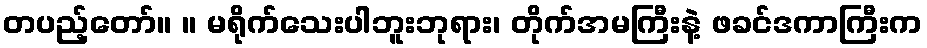
တပည့်တော်။ ။ မရိုက်သေးပါဘူးဘုရား၊ တိုက်အမကြီးနဲ့ ဖခင်ဒကာကြီးက